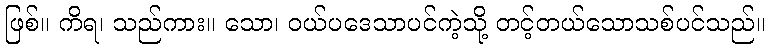
ဖြစ်။ ကိရ၊ သည်ကား။ သော၊ ဝယ်ပဒေသာပင်ကဲ့သို့ တင့်တယ်သောသစ်ပင်သည်။